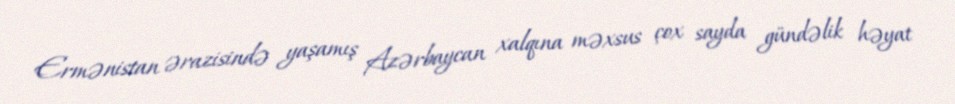
Ermənistan ərazisində yaşamış Azərbaycan xalqına məxsus çox sayda gündəlik həyat